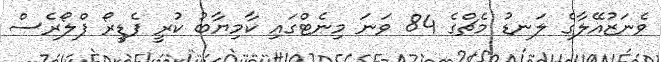
ވެނަޒުއޭލާގެ ލަނޑު މެޗްގެ 84 ވަނަ މިނެޓްގައި ކާމިޔާބު ކުރީ ފެޑީރޯ ފްލޯރެސް